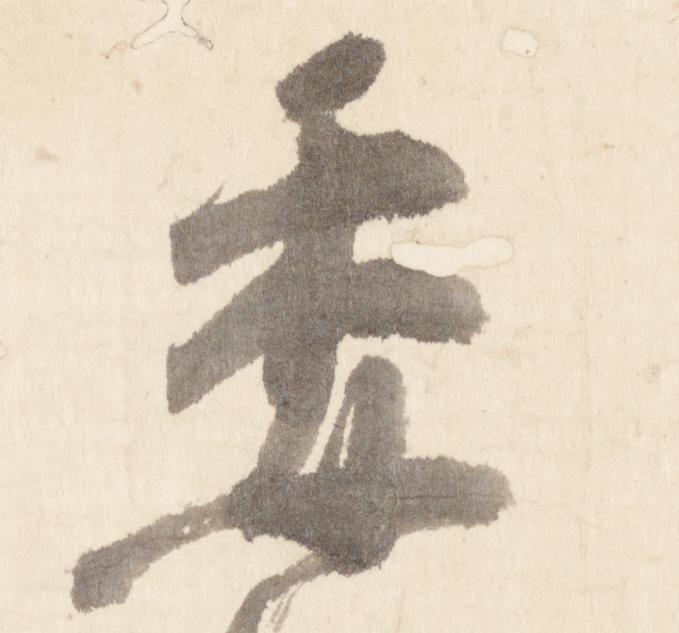
委